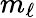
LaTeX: m_{\ell}